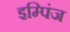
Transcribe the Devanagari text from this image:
इम्पिंज